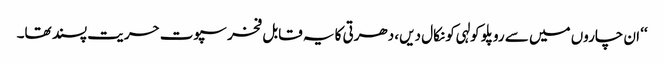
‘‘ ان چاروں میں سے روپلو کولہی کو نکال دیں، دھرتی کا یہ قابل فخر سپوت حریت پسند تھا۔